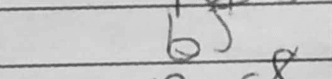
Transcription: b5